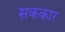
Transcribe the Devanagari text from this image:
सककार